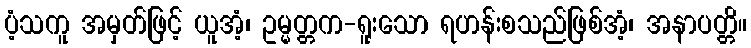
ပံ့သကူ အမှတ်ဖြင့် ယူအံ့၊ ဥမ္မတ္တက-ရူးသော ရဟန်းစသည်ဖြစ်အံ့၊ အနာပတ္တိ။